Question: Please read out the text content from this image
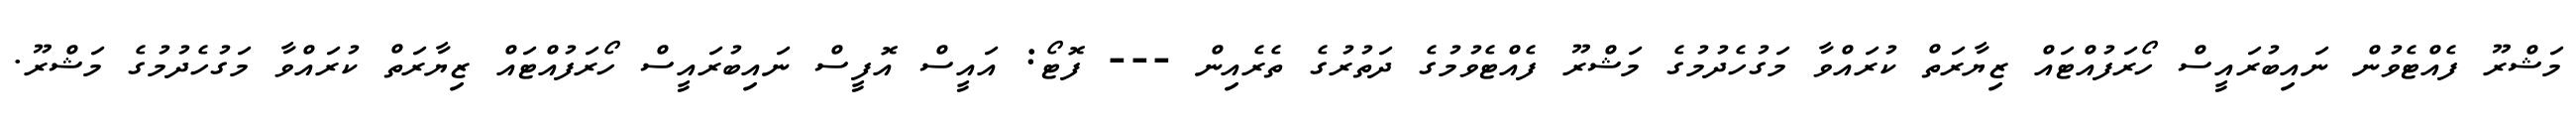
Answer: މަޝްރޫ ފެއްޓެވުން ނައިބުރައީސް ހޯރަފުއްޓައް ޒިޔާރަތް ކުރައްވާ މަގުހެދުމުގެ މަޝްރޫ ފެއްޓެވުމުގެ ދަތުރުގެ ތެރެއިން --- ފޮޓޯ: އައީސް އޮފީސް ނައިބުރައީސް ހޯރަފުއްޓައް ޒިޔާރަތް ކުރައްވާ މަގުހެދުމުގެ މަޝްރޫ.